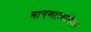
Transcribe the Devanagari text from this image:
मानणाऱ्यांपैकी